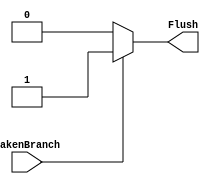
`timescale 1ns / 1ps
//////////////////////////////////////////////////////////////////////////////////
// Company: 
// Engineer: 
// 
// Design Name: 
// Module Name: FlushUnit
// Project Name: 
// Target Devices: 
// Tool Versions: 
// Description: 
// 
// Dependencies: 
// 
// Revision:
// Revision 0.01 - File Created
// Additional Comments:
// 
//////////////////////////////////////////////////////////////////////////////////


module FlushUnit(
    input wire TakenBranch,
    output reg Flush
    );
    
    always @(*) begin
        if(TakenBranch) begin
            Flush = 1;
        end
        else begin
            Flush = 0;
        end
    end  
endmodule